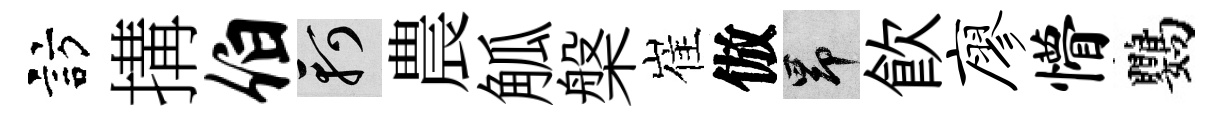
訪搆伯軻農觚槃崔倣昂飮廖懵鸚